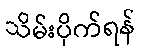
သိမ်းပိုက်ရန်